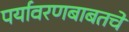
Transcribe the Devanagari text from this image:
पर्यावरणबाबतचे